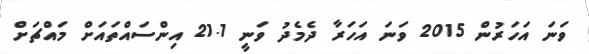
ވަނަ އަހަރުން 2015 ވަނަ އަހަރާ ދެމެދު ވަނީ 21.1 އިންސައްތައަށް މައްޗަށް